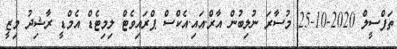
ތަފްސީލް 2020-10-25 މުސާރަ ނުލިބުން އާރް.އައި.އެކްސް ޕްރައިވެޓް ލިމިޓެޑް އެމްޑީ ރާޝިދު މިޒީ